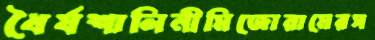
ধৈর্যশালিনীমিজোরামেরস